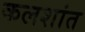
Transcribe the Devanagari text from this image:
कलशांत